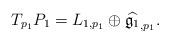
LaTeX: \begin{align*}T_{p_1} P_1=L_{1,p_1}\oplus \widehat{\mathfrak{g}_1}_{,p_1}.\end{align*}